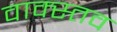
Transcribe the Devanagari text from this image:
वाक्स्तव